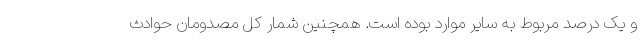
و یک درصد مربوط به سایر موارد بوده است. همچنین شمار کل مصدومان حوادث